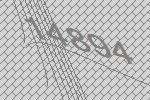
14894